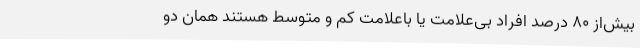
بیش‌از 80 درصد افراد بی‌علامت یا باعلامت کم و متوسط هستند همان دو